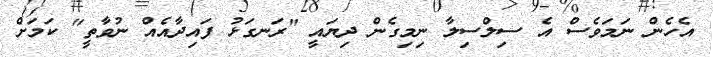
އެހެން ނަމަވެސް އެ ސިލްސިލާ ނިމިގެން ދިޔައީ "ރަނގަޅު ފައިދާއެއް ނުވާތީ" ކަމަށް